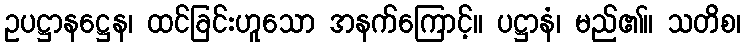
ဥပဋ္ဌာနဋ္ဌေန၊ ထင်ခြင်းဟူသော အနက်ကြောင့်။ ပဋ္ဌာနံ၊ မည်၏။ သတိစ၊